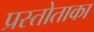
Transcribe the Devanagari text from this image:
प्रस्तोताका